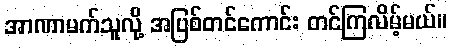
အာဏာမက်သူလို့ အပြစ်တင်ကောင်း တင်ကြလိမ့်မယ်။